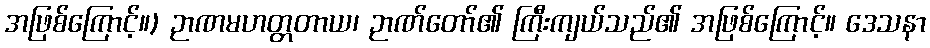
အဖြစ်ကြောင့်။) ဉာဏမဟတ္တတာယ၊ ဉာဏ်တော်၏ ကြီးကျယ်သည်၏ အဖြစ်ကြောင့်။ ဒေသနာ